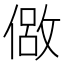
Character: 𫣈